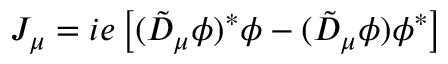
J _ { \mu } = i e \left[ ( \tilde { D } _ { \mu } \phi ) ^ { * } \phi - ( \tilde { D } _ { \mu } \phi ) \phi ^ { * } \right]